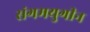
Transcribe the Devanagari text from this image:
संगमयुगीन